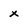
Character: x